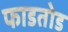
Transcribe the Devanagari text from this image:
फाडतोड